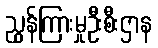
ညွှန်ကြားမှုဦးစီးဌာန